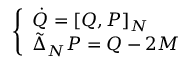
\left\{ \begin{array} { l l } { \Dot { Q } = \left[ Q , P \right] _ { N } } \\ { \tilde { \Delta } _ { N } P = Q - 2 M } \end{array} \right.